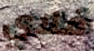
فلاي